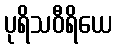
ပုရိသဝီရိယေ